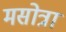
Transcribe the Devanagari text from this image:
मसोत्रा